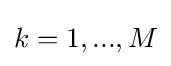
k=1,...,M